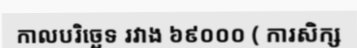
កាលបរិច្ឆេទ រវាង ៦៩០០០ ( ការសិក្ស